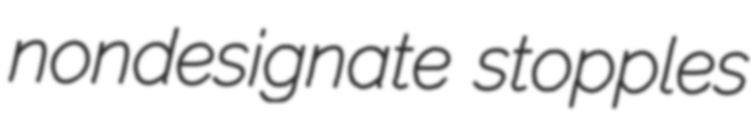
nondesignate stopples